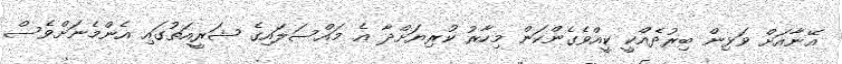
އޭނާއަށް ވަޅިން ބިރުދެއްކީ ކީއްވެގެންކަން މިހާރު ކުރިޔަށްދާ އެ މައްސަލައިގެ ޝަރީއަތުގައި އެންމެނަށްވެސް